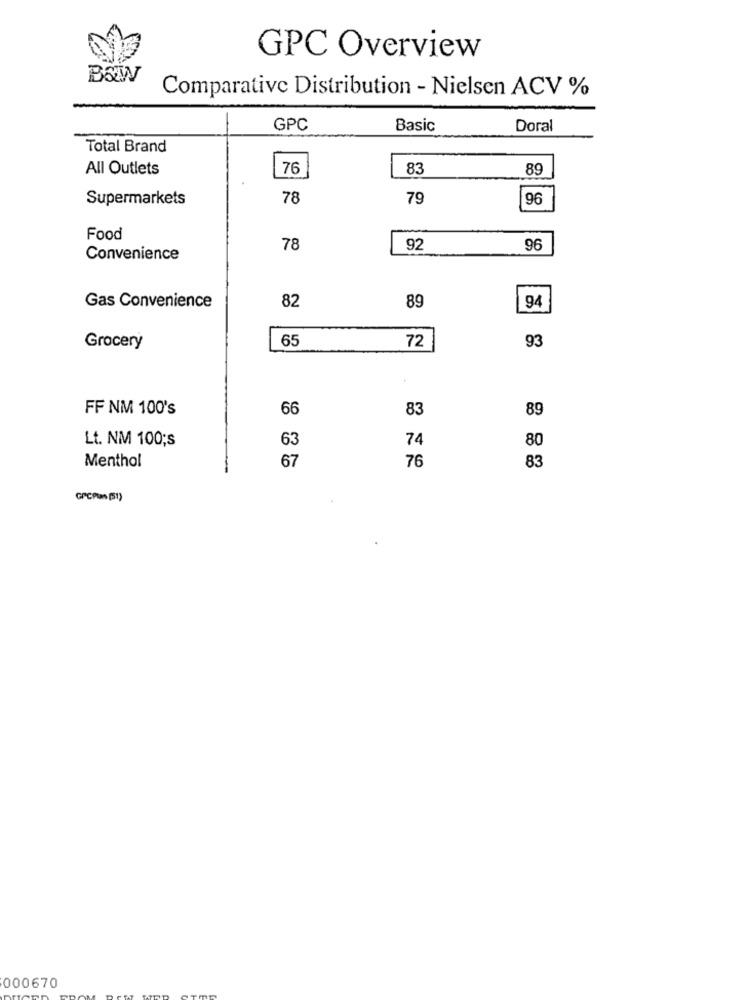
GPC Overview
B&W
Comparative Distribution - Nielsen ACV %
GPC
Basic
Doral
Total Brand
All Outlets
76
83
89
Supermarkets
78
79
96
Food
78
92
96
Convenience
82
89
Gas Convenience
94
65
72
93
Grocery
FF NM 100's
66
83
89
Lt. NM 100;s
63
74
80
67
76
Menthol
83
GPCPlan (51)
000670